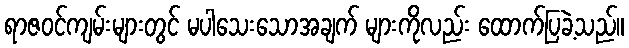
ရာဇဝင်ကျမ်းများတွင် မပါသေးသောအချက် များကိုလည်း ထောက်ပြခဲ့သည်။